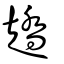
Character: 趫